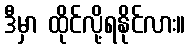
ဒီမှာ ထိုင်လို့ရနိုင်လား။